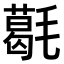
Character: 𣰌